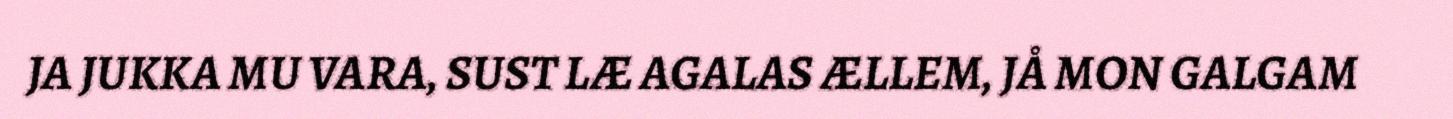
JA JUKKA MU VARA, SUST LÆ AGALAS ÆLLEM, JÅ MON GALGAM